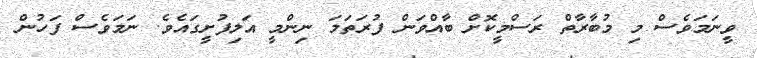
ވީނަމަވެސް މި މުބާރާތް ރަސްމީކޮށް ބާއްވަން ފުރަތަމަ ނިންމީ އަލިފުށީގައެވެ. ނަމަވެސް ފަހުން